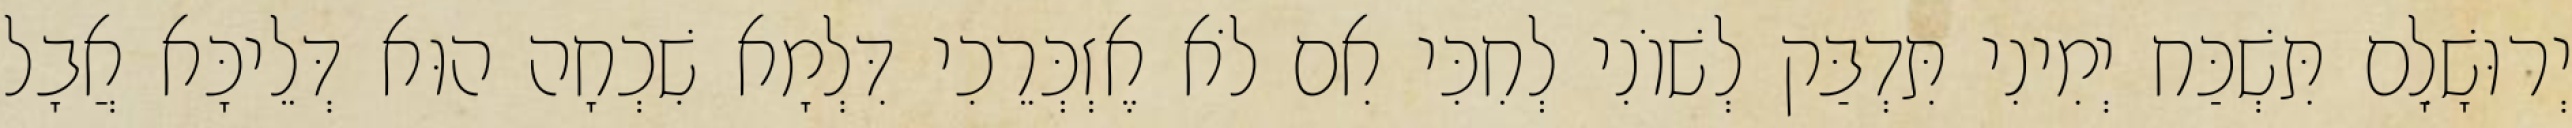
יְרוּשָׁלִָם תִּשְׁכַּח יְמִינִי תִּדְבַּק לְשׁוֹנִי לְחִכִּי אִם לֹא אֶזְכְּרֵכִי דִּלְמָא שִׁכְחָה הוּא דְּלֵיכָּא אֲבָל